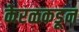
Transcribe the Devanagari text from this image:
केरळकडून